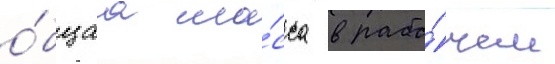
о́бщаа ма́сса в рабо́чем